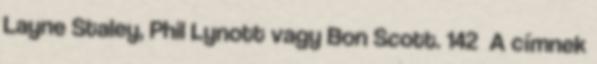
Layne Staley, Phil Lynott vagy Bon Scott. 142 A címnek